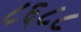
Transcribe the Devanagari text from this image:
८६८८